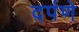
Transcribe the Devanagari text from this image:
दर्पणे